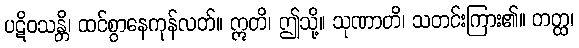
ပဋိဝသန္တိ၊ ထင်စွာနေကုန်လတ်။ ဣတိ၊ ဤသို့။ သုဏာတိ၊ သတင်းကြား၏။ တတ္ထ၊